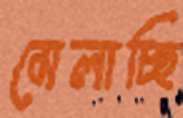
মেলাচ্ছি